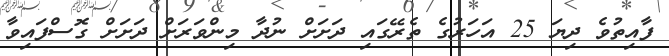
ފާއިތުވެ ދިޔަ 25 އަހަރުގެ ތެރޭގައި ދަށަށް ނުދާ މިންވަރަށް ދަށަށް ގޮސްފައިވާ